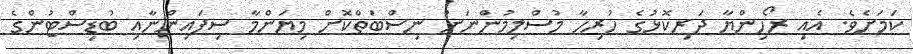
ކަމަށެވެ. އެއި ރޯހިންޔާ ދަރިކޮޅުގެ ހުރިހާ މުސްލިމުންނަށް ނިސްބަތްކޮށް މިޔަންމާ ސިފައިންނާއި ބުޑިސްޓުންގެ